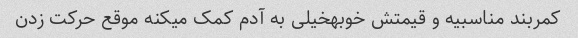
کمربند مناسبیه و قیمتش خوبهخیلی به آدم کمک میکنه موقع حرکت زدن